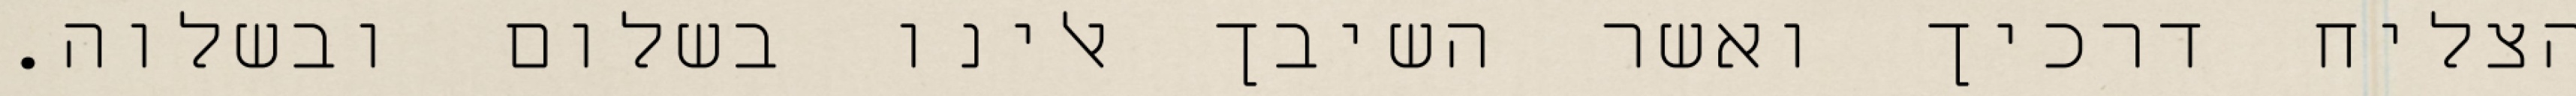
הצליח דרכיך ואשר השיבך אלינו בשלום ובשלוה.